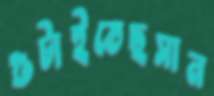
গুটাইতেছসান